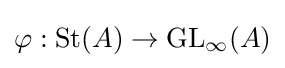
\varphi :\operatorname {St} (A)\to {\operatorname {GL} _{\infty }}(A)